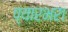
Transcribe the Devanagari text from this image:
प्यारभरा